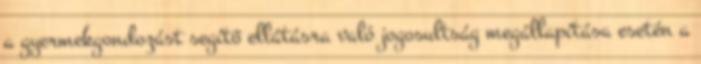
a gyermekgondozást segítő ellátásra való jogosultság megállapítása esetén a